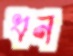
ধন